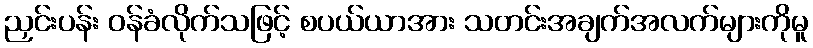
ညှင်းပန်း ဝန်ခံလိုက်သဖြင့် စပယ်ယာအား သတင်းအချက်အလက်များကိုမူ